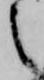
之